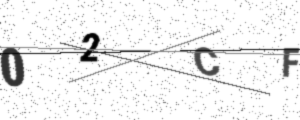
Text: 02CF